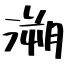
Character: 溯